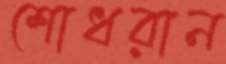
শোধরান